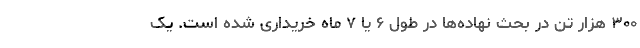
۳۰۰ هزار تن در بحث نهاده‌ها در طول ۶ یا ۷ ماه خریداری شده است. یک